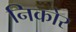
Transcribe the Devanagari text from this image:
निकोर